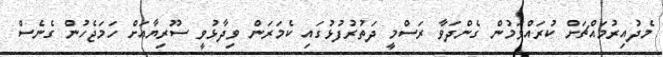
މެދުއިރުމައްޗަށް ކުރައްވަމުން ގެންދަވާ ރަސްމީ ދަތުރުފުޅުގައި ކެމަރަން ވިދާޅުވީ ސޫރިޔާއަށް ހަމަޖެހުން ގެނެސް